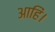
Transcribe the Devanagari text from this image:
आहिं।